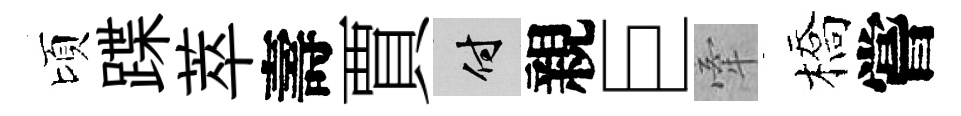
頃蹀萃壽賈付親巨牽橋嘗